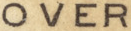
OVER